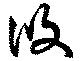
攸